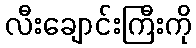
လီးချောင်းကြီးကို